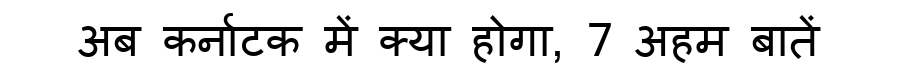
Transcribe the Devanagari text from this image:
अब कर्नाटक में क्या होगा, 7 अहम बातें